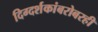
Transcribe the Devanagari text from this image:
दिग्दर्शकांबरोबरही